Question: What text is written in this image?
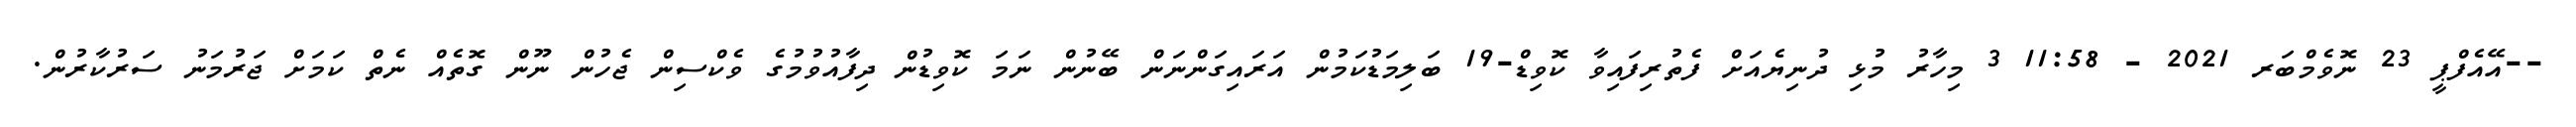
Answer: --އޭއެފްޕީ 23 ނޮވެމްބަރ 2021 - 11:58 3 މިހާރު މުޅި ދުނިޔެއަށް ފެތުރިފައިވާ ކޮވިޑް-19 ބަލިމަޑުކަމުން އަރައިގަންނަން ބޭނުން ނަމަ ކޮވިޑުން ދިފާއުވުމުގެ ވެކްސިން ޖެހުން ނޫން ގޮތެއް ނެތް ކަމަށް ޖަރުމަނު ސަރުކާރުން.